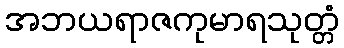
အဘယရာဇကုမာရသုတ္တံ